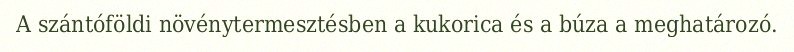
A szántóföldi növénytermesztésben a kukorica és a búza a meghatározó.